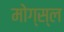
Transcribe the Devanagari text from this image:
मोग्स्ल